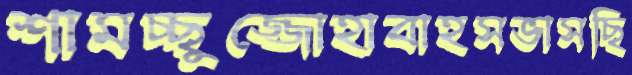
শামচ্ছুজ্জোহাবাহসভাসছি